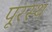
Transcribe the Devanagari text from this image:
पूरस्थ